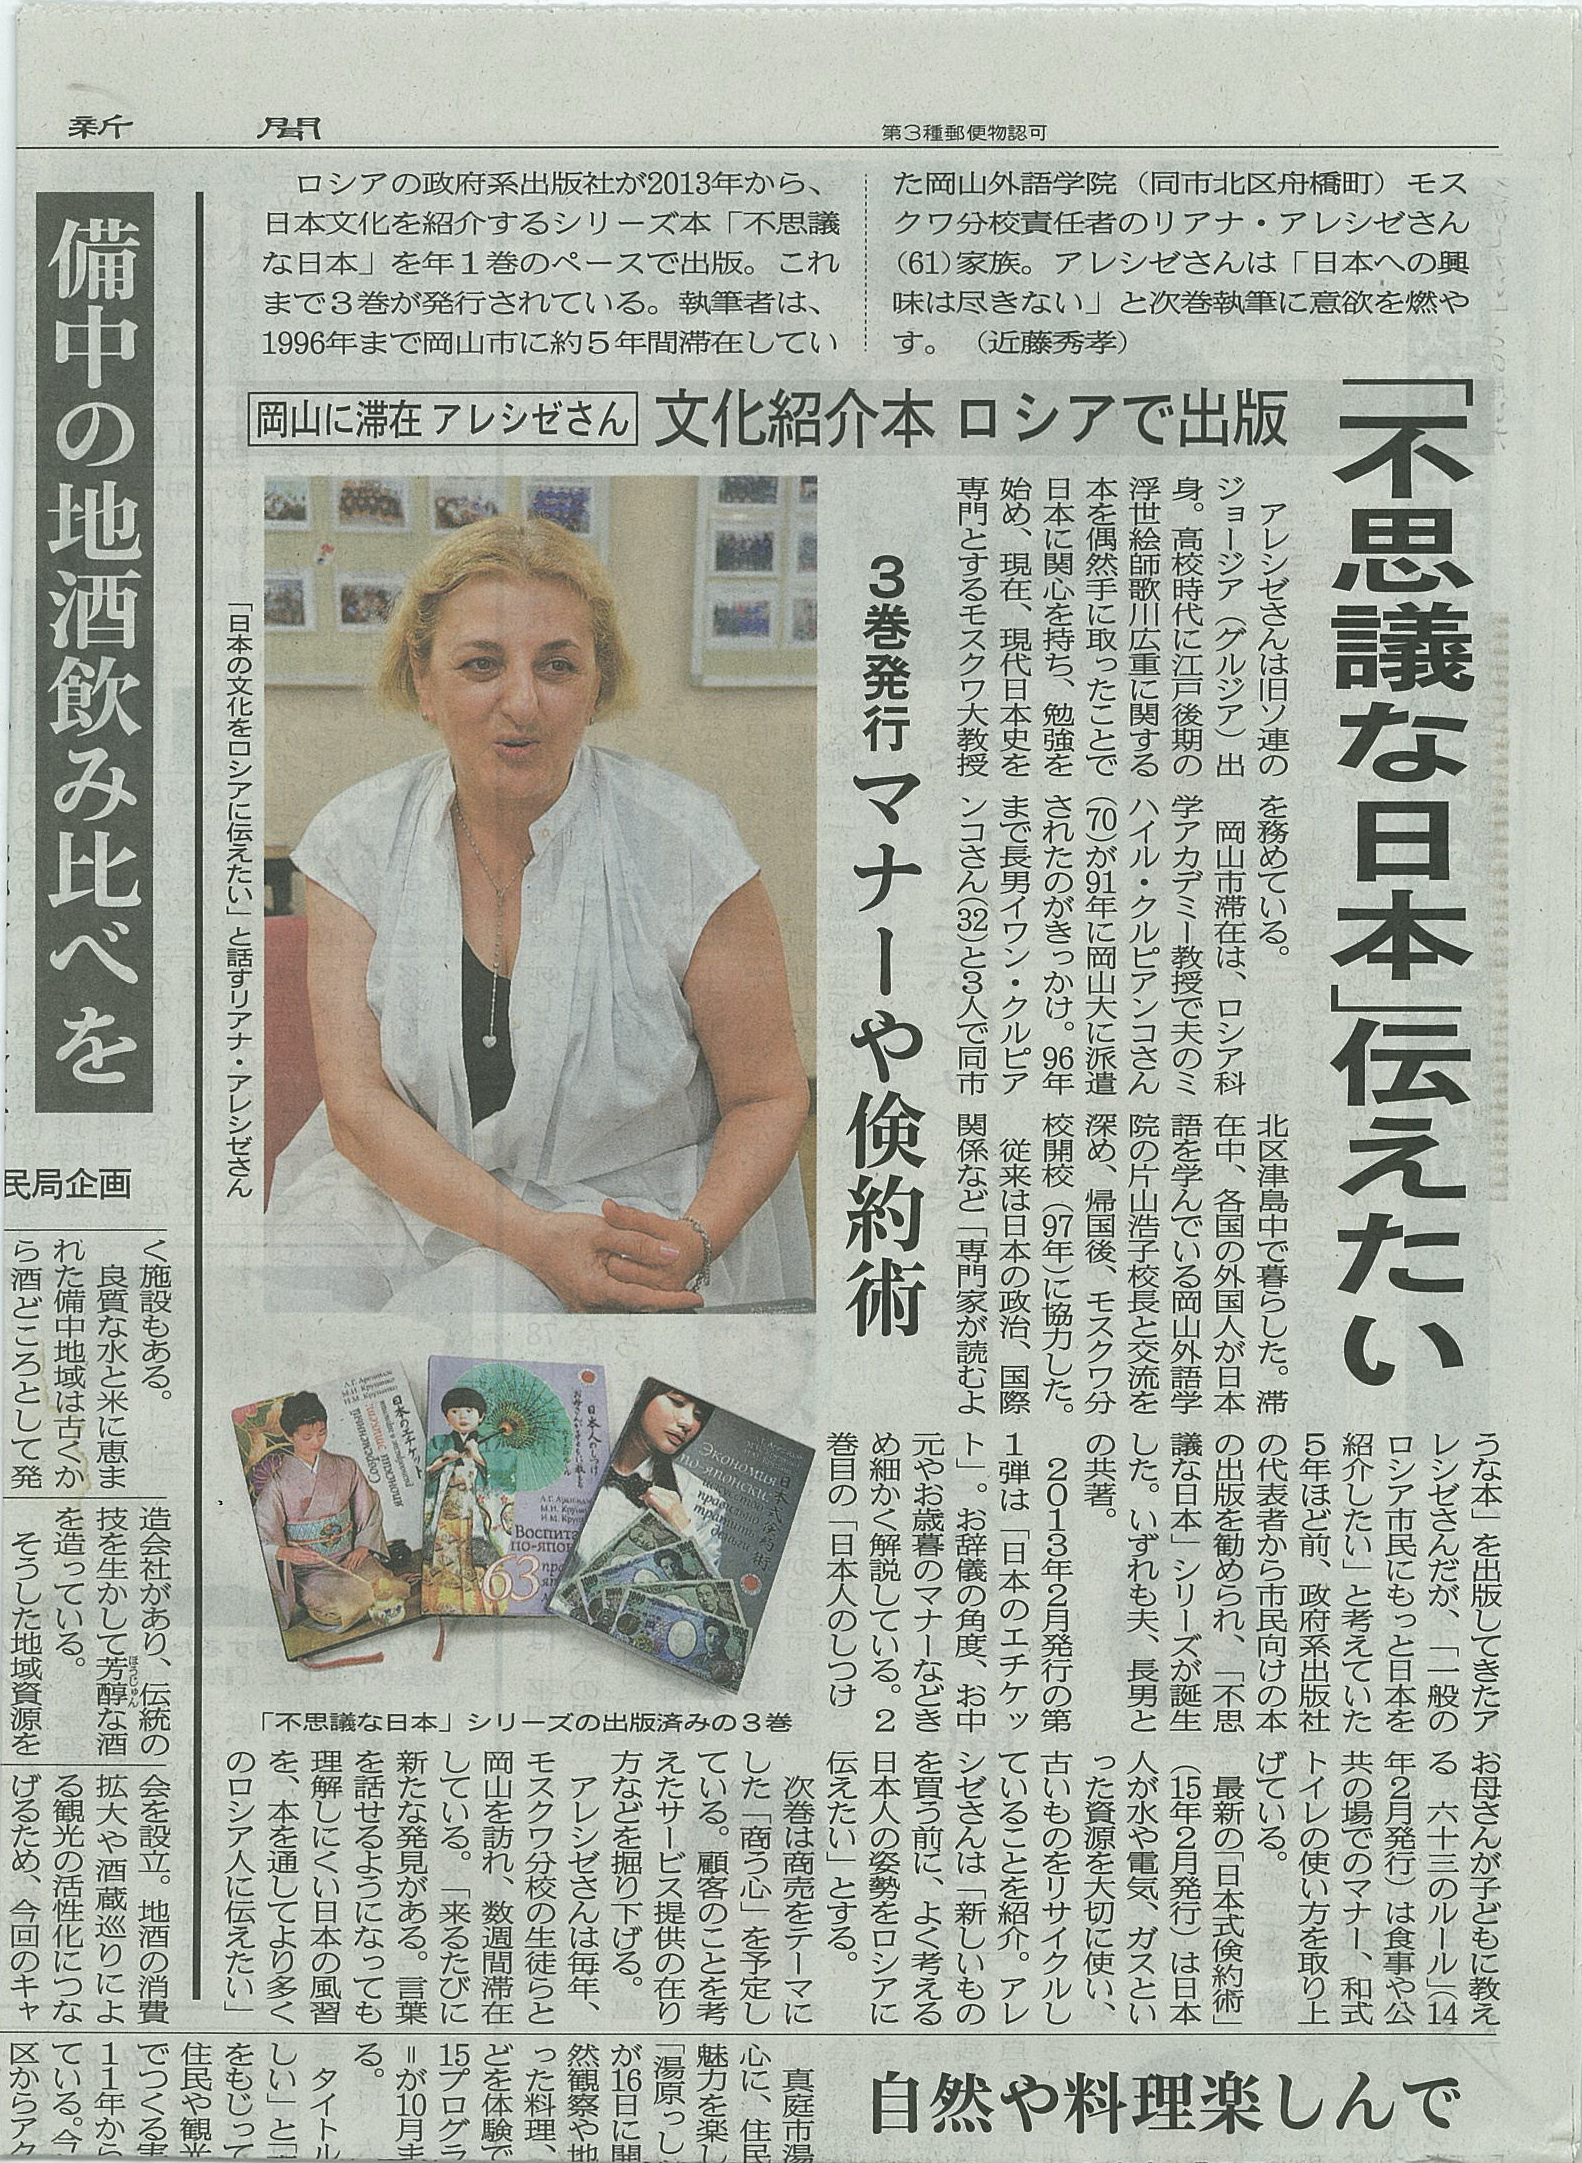
Language: ja